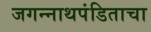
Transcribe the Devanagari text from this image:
जगन्‍नाथपंडिताचा